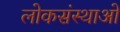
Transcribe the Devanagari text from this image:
लोकसंस्थाओं